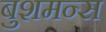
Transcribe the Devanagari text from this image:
बुशमन्स